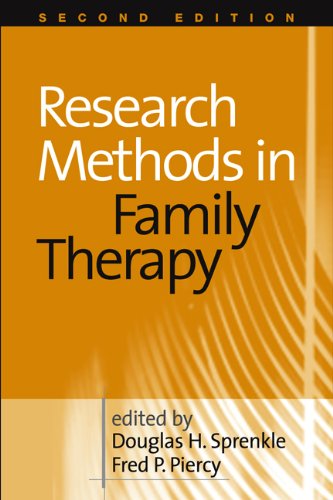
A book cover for Research Methods in Family Therapy, Second Edition; Medical Books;